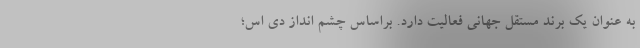
به عنوان یک برند مستقل جهانی فعالیت دارد. براساس چشم انداز دی اس؛